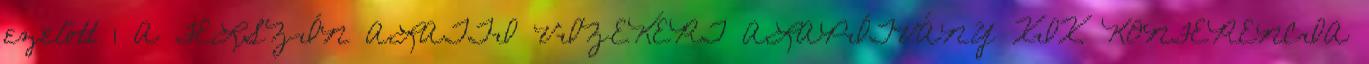
ezelőtt 1 A FELSZÍN ALATTI VIZEKÉRT ALAPÍTVÁNY XIX. KONFERENCIA